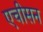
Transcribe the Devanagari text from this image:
एचीसन